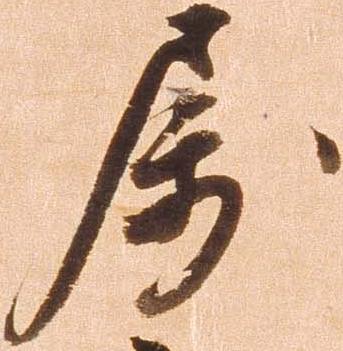
属